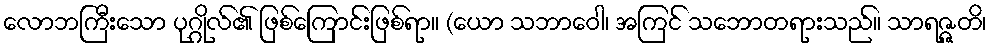
လောဘကြီးသော ပုဂ္ဂိုလ်၏ ဖြစ်ကြောင်းဖြစ်ရာ။ (ယော သဘာဝေါ၊ အကြင် သဘောတရားသည်။ သာရဇ္ဇတိ၊